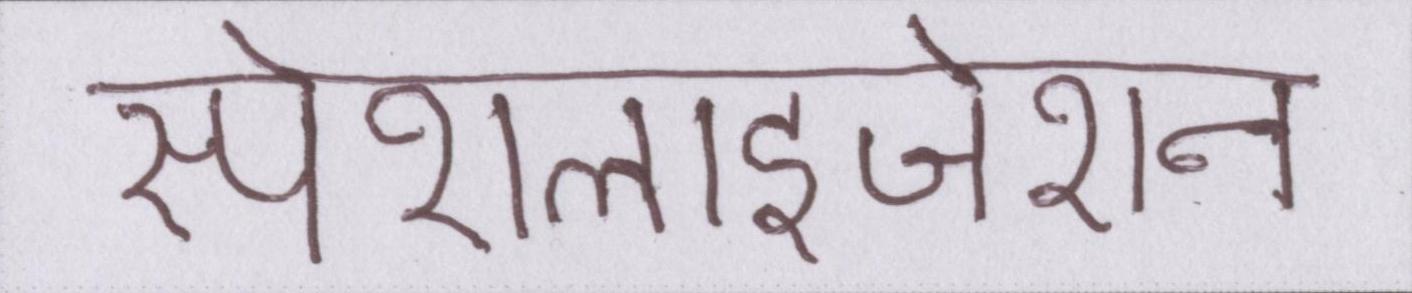
स्पेशलाइजेशन